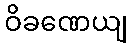
ဝိခဏေယျ